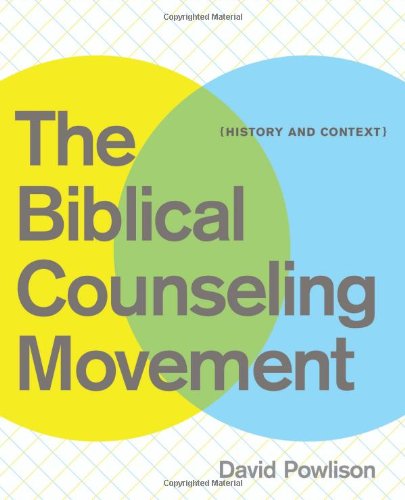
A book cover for The Biblical Counseling Movement: History and Context; David Powlison; Christian Books & Bibles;